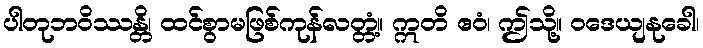
ပါတုဘဝိဿန္တိ၊ ထင်စွာမဖြစ်ကုန်လတ္တံ့။ ဣတိ ဧဝံ၊ ဤသို့။ ဝဒေယျနုခေါ၊